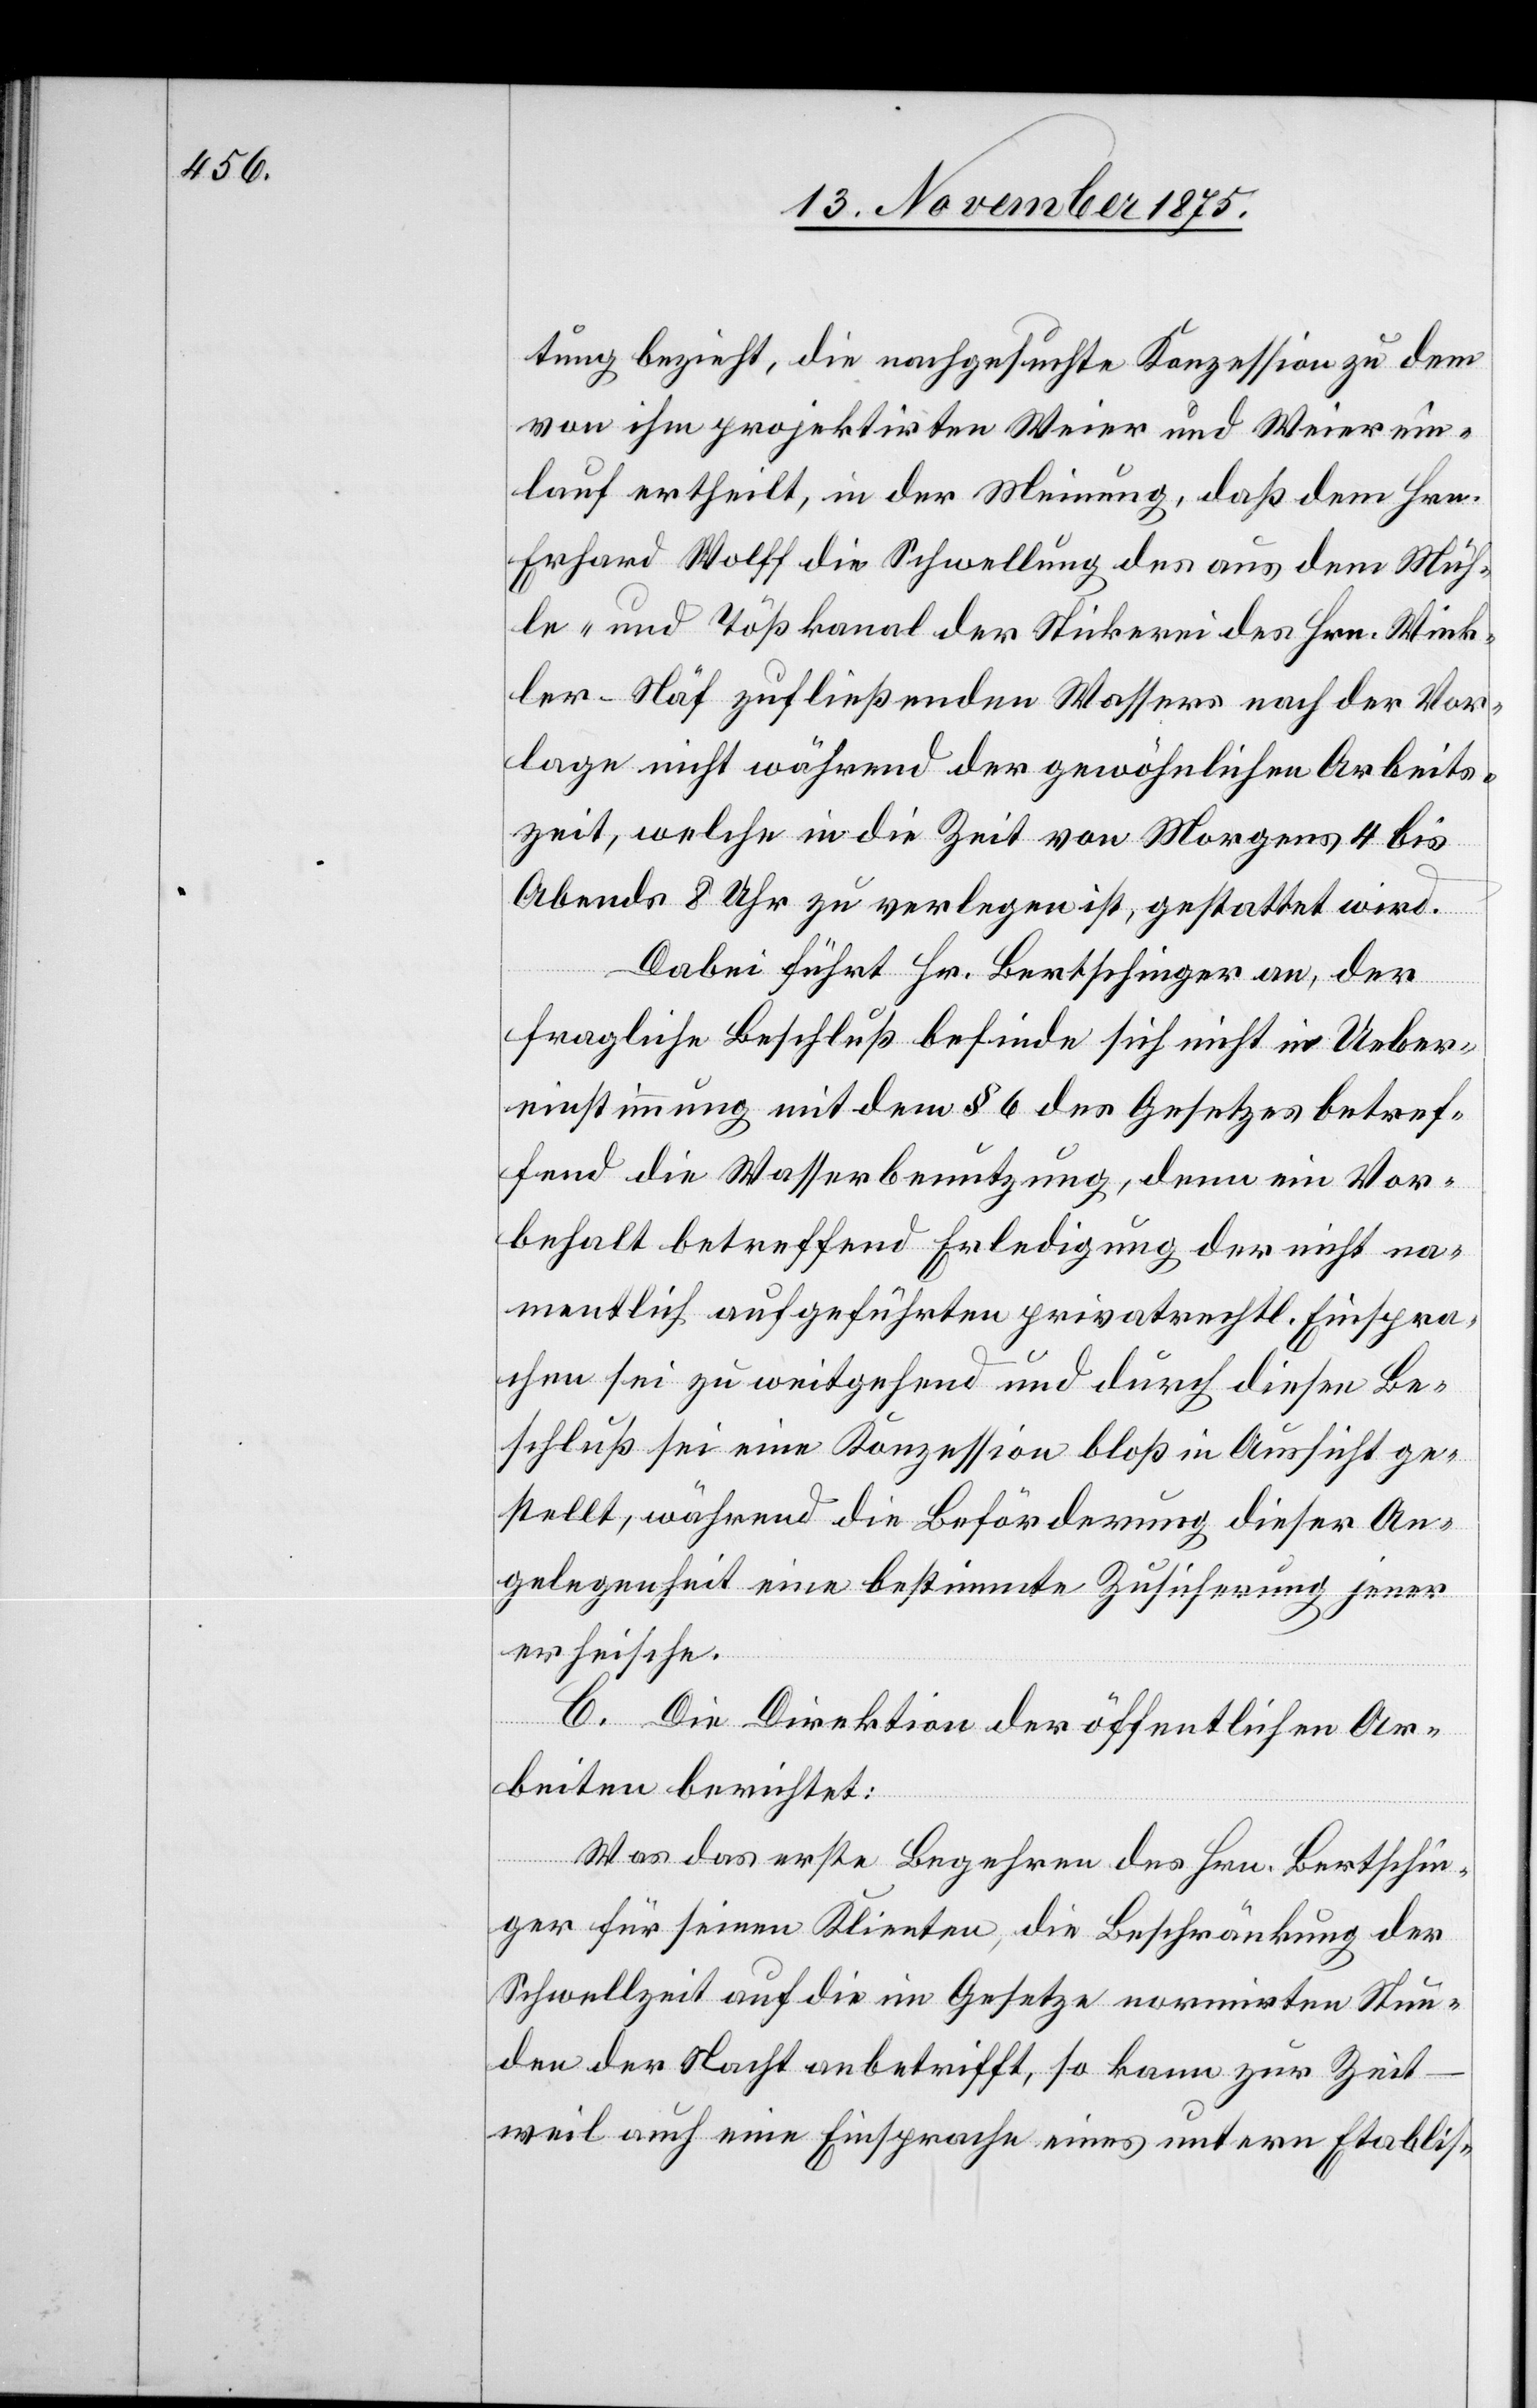
tung bezieht, die nachgesuchte Konzession dem
von ihm projektirten Weier und Weierein¬
lauf ertheilt, in der Meinung, daß dem Hrn.
Erhard Wolff die Schwellung des aus dem Müh¬
le- und Tößkanal der Stickerei des Hrn. Wink¬
ler-Näf zufließenden Wassers nach der Vor¬
lage nicht während der gewöhnlichen Arbeits¬
zeit, welche in die Zeit von Morgens 4 bis
Abends 8 Uhr zu verlegen ist, gestattet wird.
Dabei führt Hr. Bertschinger an, der
fragliche Beschluß befinde sich nicht in Ueber¬
einstimmung mit dem § 6 des Gesetzes betref¬
fend die Wasserbenutzung, denn ein Vor¬
behalt betreffend Erledigung der nicht na¬
mentlich aufgeführten privatrechtl. Einspra¬
chen sei weitgehend und durch diesen Be¬
schluß sei eine Konzession bloß in Aussicht ge¬
stellt, während die Beförderung dieser An¬
gelegenheit eine bestimmte Zusicherung jener
erheische.
C. Die Direktion der öffentlichen Ar¬
beiten berichtet:
Was das erste Begehren des Hrn. Bertschin¬
ger für seine Klienten, die Beschränkung der
Schwellzeit auf die im Gesetze normirten Stun¬
den der Nacht anbetrifft, so kann zur Zeit
weil auch eine Einsprache eines untern Etablis-